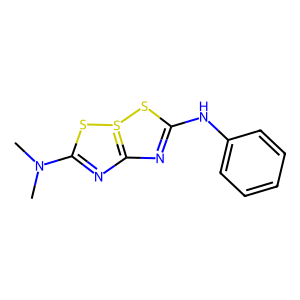
SMILES: CN(C)C1=NC2=S(SC(Nc3ccccc3)=N2)S1
Inhibits HIV replication: No